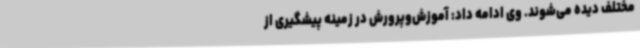
مختلف دیده می‌شوند. وی ادامه داد: آموزش‌وپرورش در زمینه پیشگیری از